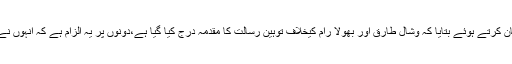
سماجی کارکن شان تاثیر نے حقائق بیان کرتے ہوئے بتایا کہ وشال طارق اور بھولا رام کیخلاف توہینِ رسالت کا مقدمہ درج کیا گیا ہے،دونوں پر یہ الزام ہے کہ انہوں نے قرآنی آیات والے اوراق کو جلایا ہے۔